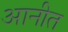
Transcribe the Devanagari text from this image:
आनीत